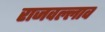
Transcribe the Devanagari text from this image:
राजवल्लाव